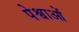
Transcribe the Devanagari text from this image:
पेश्वाओं